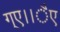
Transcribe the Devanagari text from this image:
ग्ए।।ैए